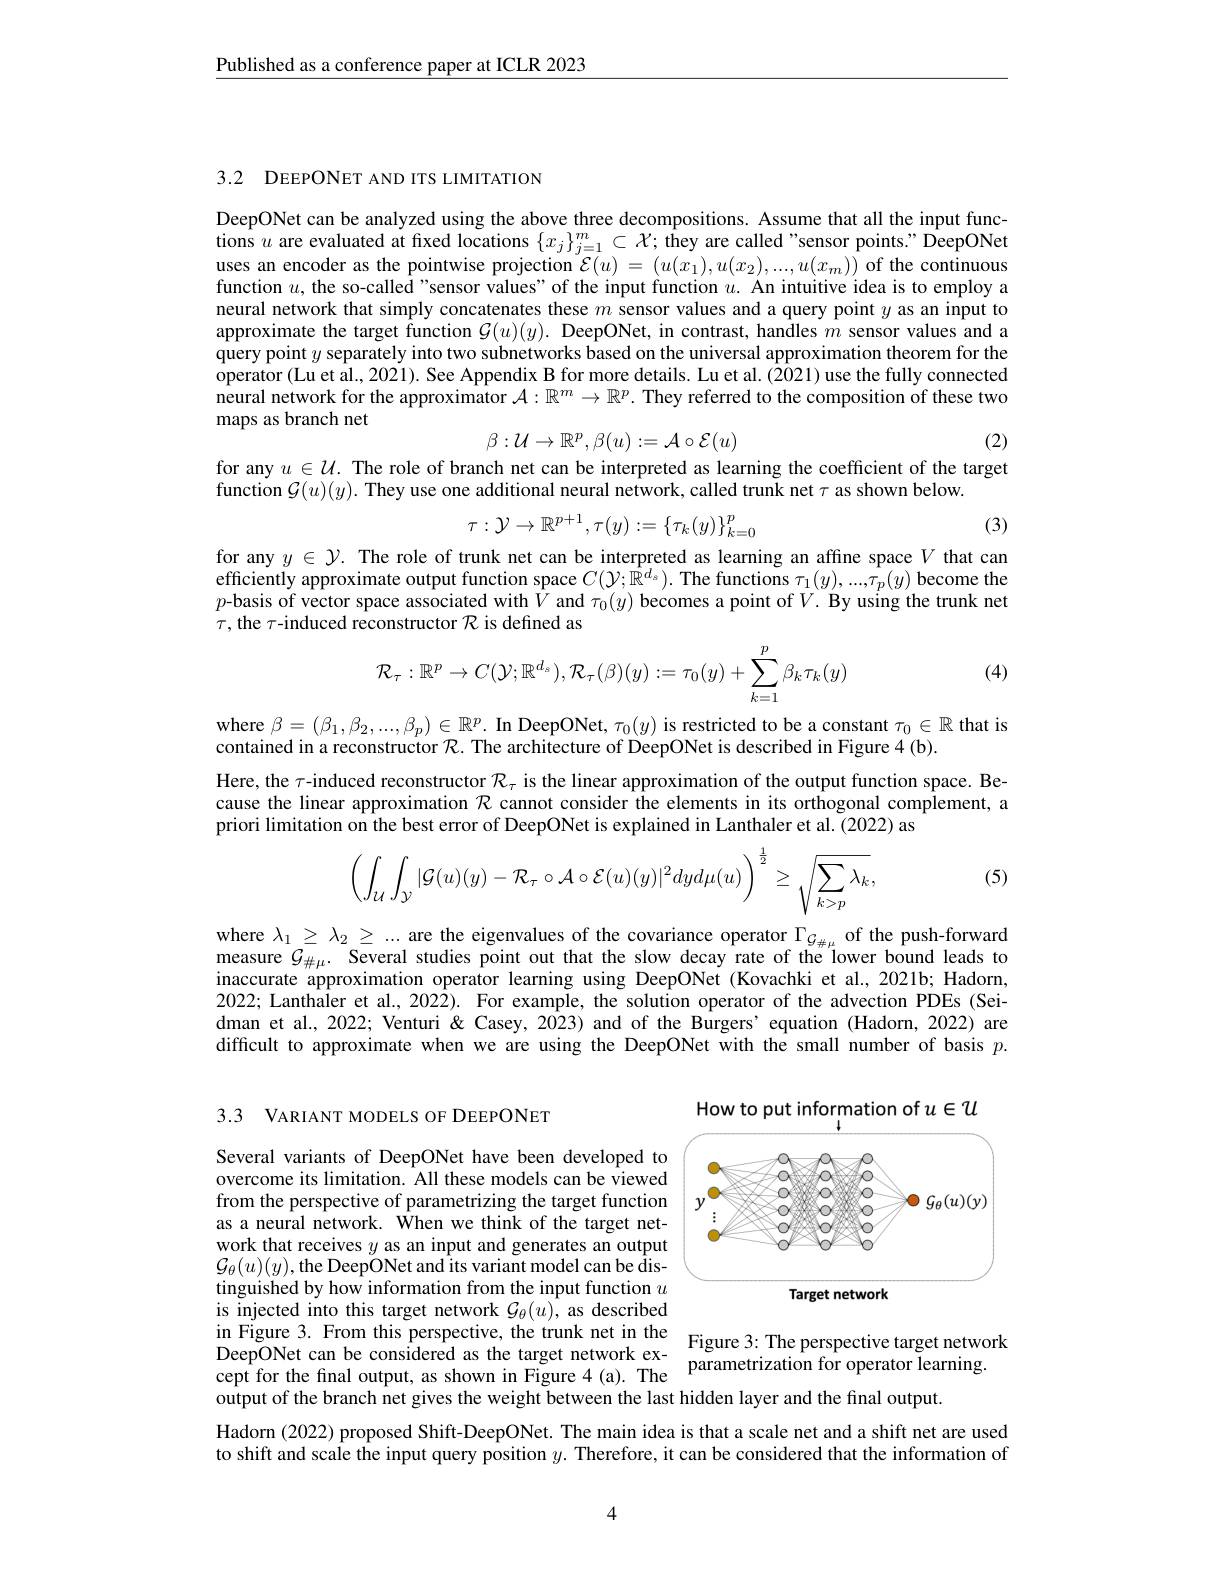
Published as a conference paper at ICLR 2023

3.2 DEEPONET AND ITS LIMITATION

DeepONet can be analyzed using the above three decompositions. Assume that all the input functions $u$ are evaluated at fixed locations $\{x_j\}_j=1^m\subset\mathcal{X};$ they are called "sensor points." DeepONet uses an encoder as the pointwise projection $\mathcal{E}(u)=(u(x_1),u(x_2),...,u(x_m))$ of the continuous function $u$, the so-called "sensor values" of the input function $u.$ An intuitive idea is to employ a neural network that simply concatenates these $m$ sensor values and a query point $y$ as an input to approximate the target function $\mathcal{G}(u)(y).$ DeepONet, in contrast, handles $m$ sensor values and a query point $y$ separately into two subnetworks based on the universal approximation theorem for the operator (Lu et al., 2021). See Appendix B for more details. Lu et al. (2021) use the fully connected neural network for the approximator $\mathcal{A}:\mathbb{R}^m\to\mathbb{R}^p.$ They referred to the composition of these two maps as branch net
$$\beta:\mathcal{U}\to\mathbb{R}^p,\beta(u):=\mathcal{A}\circ\mathcal{E}(u)$$
(2)

for any $u\in\mathcal{U}.$ The role of branch net can be interpreted as learning the coefficient of the target
function $\mathcal{G}(u)(y).$ They use one additional neural network, called trunk net $\tau$ as shown below.
$$\tau:\mathcal{Y}\to\mathbb{R}^{p+1},\tau(y):=\{\tau_k(y)\}_{k=0}^p$$
(3)

for any $y\in\mathcal{Y}.$ The role of trunk net can be interpreted as learning an affine space $V$ that can efficiently approximate output function space $C(\mathcal{Y};\mathbb{R}^{d_s}).$ The functions $\tau_1(y),...,\tau_p(y)$ become the $p$-basis of vector space associated with$\hat V$ and $\tau_0(y)$ becomes a point of $V.$ By using the trunk net $\tau$, the $\tau$-induced reconstructor $\mathcal{R}$ is defined as
$$\mathcal{R}_\tau:\mathbb{R}^p\to C(\mathcal{Y};\mathbb{R}^{d_s}),\mathcal{R}_\tau(\beta)(y):=\tau_0(y)+\sum_{k=1}^p\beta_k\tau_k(y)$$
(4)

where $\beta=(\beta_1,\beta_2,...,\beta_p)\in\mathbb{R}^p.$ In DeepONet, $\tau_0(y)$ is restricted to be a constant $\tau_0\in\mathbb{R}$ that is
contained in a reconstructor $\mathcal{R}.$ The architecture of DeepONet is described in Figure 4(b).
Here, the $\tau$-induced reconstructor $\mathcal{R}_\tau$ is the linear approximation of the output function space. Because the linear approximation $\mathcal{R}$ cannot consider the elements in its orthogonal complement, a priori limitation on the best error of DeepONet is explained in Lanthaler et al. (2022) as
$$\left(\int_{\mathcal{U}}\int_{\mathcal{Y}}|\mathcal{G}(u)(y)-\mathcal{R}_{\tau}\circ\mathcal{A}\circ\mathcal{E}(u)(y)|^{2}dyd\mu(u)\right)^{\frac{1}{2}}\ge\sqrt{\sum_{k>p}\lambda_{k}},$$
(5)

where $\lambda_1\geq\lambda_2\geq...$ are the eigenvalues of the covariance operator $\Gamma_{\mathcal{G}_{\#\mu}}$ of the push-forward measure $G_\#\mu.$ Several studies point out that the slow decay rate of the lower bound leads to inaccurate approximation operator learning using DeepONet (Kovachki et al. 2021b; Hadorn, 2022; Lanthaler et al., 2022). For example, the solution operator of the advection PDEs (Seidman et al., 2022; Venturi & Casey, 2023) and of the Burgers' equation (Hadorn, 2022) are difficult to approximate when we are using the DeepONet with the small number of basis $p.$

3.3 VARIANT MODELS OF DEEPONET

information of $u\in\mathcal{U}$
How to
<FigureHere>

Several variants of DeepONet have been developed to overcome its limitation. All these models can be viewed from the perspective of parametrizing the target function as a neural network. $\hat{\mathrm{When~we~think~of~the~target~net-}}$ work that receives $y$ as an input and generates an output $\mathcal{G}_{\theta}(u)(y)$,the DeepONet and its variant model can be distinguished by how information from the input function $u$ is injected into this target network $\mathcal{G}_\theta(u)$, as described in Figure 3. From this perspective, the trunk ne
output of the branch net gives the weight between the last hidden layer and the final output.

Hadorn (2022) proposed Shift-DeepONet. The main idea is that a scale net and a shift net are used to shift and scale the input query position $y.$ Therefore, it can be considered that the information of

4